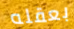
بعقله